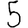
Digit: 5